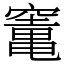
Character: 竃